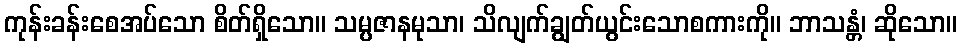
ကုန်းခန်းစေအပ်သော စိတ်ရှိသော။ သမ္ပဇာနမုသာ၊ သိလျက်ချွတ်ယွင်းသောစကားကို။ ဘာသန္တံ၊ ဆိုသော။